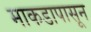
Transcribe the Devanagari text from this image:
माकडापासून